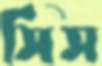
সিস